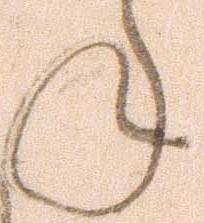
ね